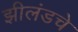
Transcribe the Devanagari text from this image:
झीलंडचे